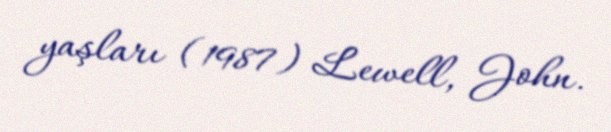
yaşları (1987) Lewell, John.